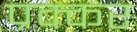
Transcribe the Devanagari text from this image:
प्रक्कर